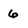
Character: 6